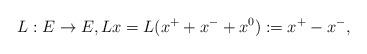
LaTeX: \begin{align*}L:E\to E,L x = L(x^+ + x^-+x^0) := x^+-x^-,\end{align*}